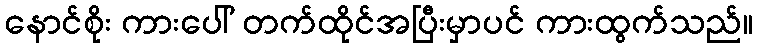
နောင်စိုး ကားပေါ် တက်ထိုင်အပြီးမှာပင် ကားထွက်သည်။